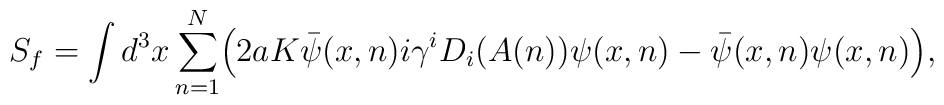
S_{f} =\int d^3x \sum_{n=1}^{N} \Bigl(2aK\bar{\psi}(x, n)i\gamma^{i}D_{i}(A(n))\psi(x, n) -\bar{\psi}(x, n)\psi(x, n) \Bigr),